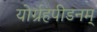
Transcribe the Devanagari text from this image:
योर्ग्रहपीडनम्